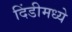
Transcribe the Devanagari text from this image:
दिंडीमध्ये